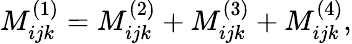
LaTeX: M_{ijk}^{(1)}=M_{ijk}^{(2)}+M_{ijk}^{(3)}+M_{ijk}^{(4)},